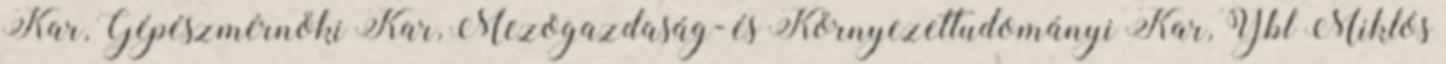
Kar, Gépészmérnöki Kar, Mezõgazdaság- és Környezettudományi Kar, Ybl Miklós